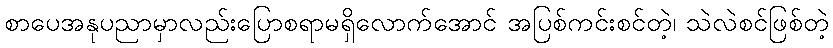
စာပေအနုပညာမှာလည်းပြောစရာမရှိလောက်အောင် အပြစ်ကင်းစင်တဲ့၊ သဲလဲစင်ဖြစ်တဲ့